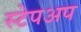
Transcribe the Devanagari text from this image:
स्टेपअप